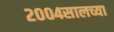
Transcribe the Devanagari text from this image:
२००४सालच्या